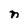
Character: n